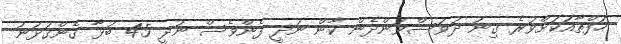
ހަފްތާއަކަށްވުރެ ގިނަ ދުވަސްވަންދެން ކާން ނުދީ ފެންވެސް ނުދީ 45 ބުޅާ ގެންގުޅުނު